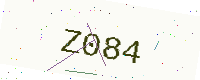
Text: Z084